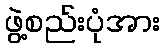
ဖွဲ့စည်းပုံအား